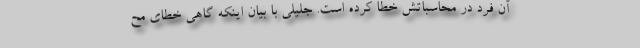
آن فرد در محاسباتش خطا کرده است. جلیلی با بیان اینکه گاهی خطای مح